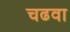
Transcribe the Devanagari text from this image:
चढवा